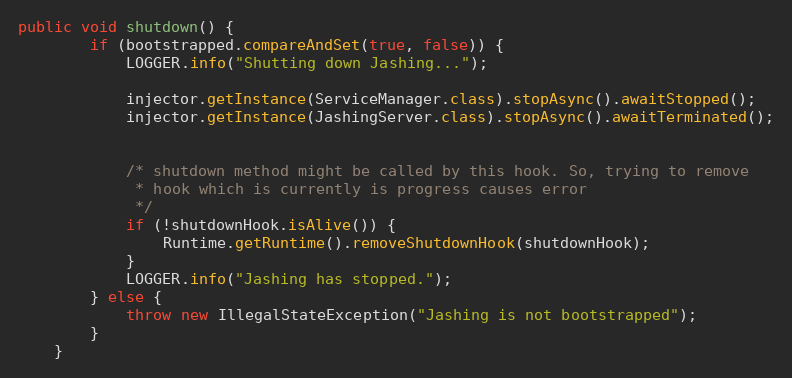
Language: Java
public void shutdown() {
        if (bootstrapped.compareAndSet(true, false)) {
            LOGGER.info("Shutting down Jashing...");

            injector.getInstance(ServiceManager.class).stopAsync().awaitStopped();
            injector.getInstance(JashingServer.class).stopAsync().awaitTerminated();

            /* shutdown method might be called by this hook. So, trying to remove
             * hook which is currently is progress causes error
             */
            if (!shutdownHook.isAlive()) {
                Runtime.getRuntime().removeShutdownHook(shutdownHook);
            }
            LOGGER.info("Jashing has stopped.");
        } else {
            throw new IllegalStateException("Jashing is not bootstrapped");
        }
    }